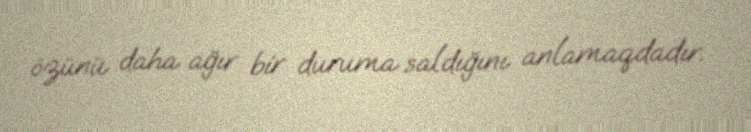
özünü daha ağır bir duruma saldığını anlamaqdadır.